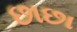
છાછા